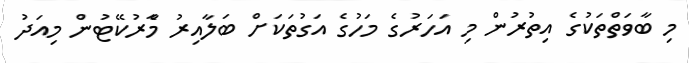
މި ބާވަތްތަކުގެ އިތުރުން މި އަހަރުގެ މަހުގެ އަގުތަކަށް ބަލާއިރު މާެރުކޭޓުން މިއަދު